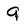
Character: 9